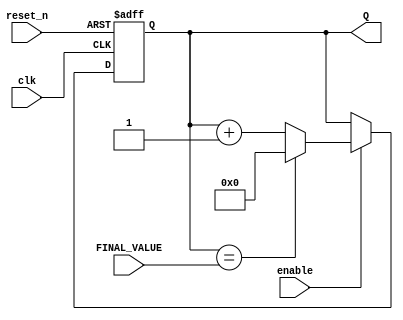
module mod_counter_hardcoded
    #(parameter BITS = 4)(
    input clk,
    input reset_n,
    input enable,
    input [BITS - 1:0] FINAL_VALUE,
    output [BITS - 1:0] Q
    );
    
    reg [BITS - 1: 0] Q_reg, Q_next;
    wire done;

    always @(posedge clk, negedge reset_n)
        begin
          if (~reset_n)
            Q_reg <= 1'b0;
          else if(enable)
            Q_reg <= Q_next;
          else
            Q_reg <= Q_reg;
        end
  
    assign done = Q_reg == FINAL_VALUE;
    //next state logic
    always @(*)
        Q_next <= done?1'b0:Q_reg + 1;
    //output logic
    assign Q = Q_reg;
endmodule